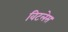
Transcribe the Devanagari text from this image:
विटलेस